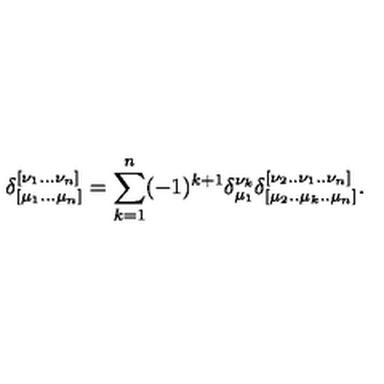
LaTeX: \delta _ { [ \mu _ { 1 } . . . \mu _ { n } ] } ^ { [ \nu _ { 1 } . . . \nu _ { n } ] } = \sum _ { k = 1 } ^ { n } ( - 1 ) ^ { k + 1 } \delta _ { \mu _ { 1 } } ^ { \nu _ { k } } \delta _ { [ \mu _ { 2 } . . \mu _ { k } . . \mu _ { n } ] } ^ { [ \nu _ { 2 } . . \nu _ { 1 } . . \nu _ { n } ] } .